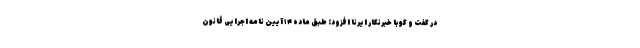
در گفت و گو با خبرنگار ایرنا افزود: طبق ماده ۱۴ آیین نامه اجرایی قانون